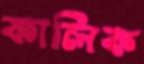
কালিক